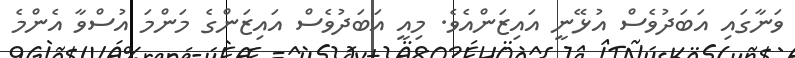
ވަނާގައި އަބަދުވެސް އުޅޭނީ އައިޒަންއެވެ. މިއީ އަބަދުވެސް އައިޒަންގެ މަންމަ އުސްވާ އެންމެ